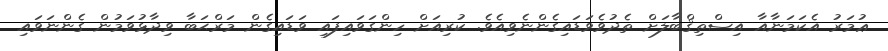
ޢުމަރު އެކަމަނާއާ އިސްތިޤްބާލަށް ތެދުވެވަޑައިގެންނެވިއެވެ. ކުރިއަށް ހިންގަވައިފައި ވަޑައިގެން މަރްޙަބާ ވިދާޅުވަމުން ގެންނަވައި